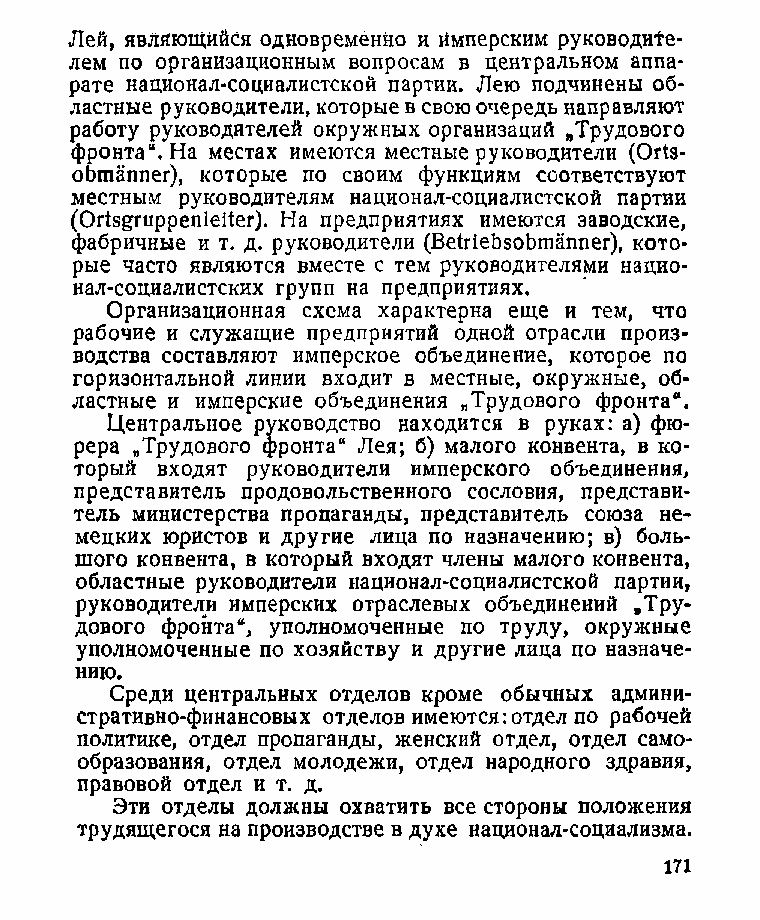
Лей, являющийся одновременно и Имперским руководи1е-
 лем по организационным вопросам в центральном аппа­
 рате национал-социалистской партии. Лею подчинены об­
 ластные руководители, которые в свою очередь направляют
 работу руководителей окружных организаций »Трудового
 фронта“. На местах имеются местные руководители (Ойэ-
 оЬтаппег), которые по своим функциям соответствуют
 местным руководителям национал-социалистской партии
 (Ог1з&гирреп1еиег). На предприятиях имеются заводские,
 фабричные и т. д. руководители (ВеШеЬэоЬтаппег), кото­
 рые часто являются вместе с тем руководителями нацио­
 нал-социалистских групп на предприятиях.
 Организационная схема характерна еще и тем, что
 рабочие и служащие предприятий одной отрасли произ­
 водства составляют имперское объединение, которое по
 горизонтальной линии входит в местные, окружные, об­
 ластные и имперские объединения „Трудового фронта“.
 Центральное руководство находится в руках: а) фю­
 рера „Трудового фронта“ Лея; б) малого конвента, в ко­
 торый входят руководители имперского объединения,
 представитель продовольственного сословия, представи­
 тель министерства пропаганды, представитель союза не­
 мецких юристов и другие лица по назначению; в) боль­
 шого конвента, в который входят члены малого конвента,
 областные руководители национал-социалистской партии,
 руководители имперских отраслевых объединений „Тру­
 дового фронта“, уполномоченные по труду, окружные
 уполномоченные по хозяйству и другие лица по назначе­
 нию.
 Среди центральных отделов кроме обычных админи­
 стративно-финансовых отделов имеются: отдел по рабочей
 политике, отдел пропаганды, женский отдел, отдел само­
 образования, отдел молодежи, отдел народного здравия,
 правовой отдел и т. д.
 Эти отделы должны охватить все стороны положения
 трудящегося на производстве в духе национал-социализма.
 171